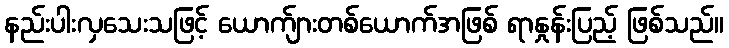
နည်းပါးလှသေးသဖြင့် ယောက်ျားတစ်ယောက်အဖြစ် ရာနှုန်းပြည့် ဖြစ်သည်။